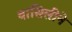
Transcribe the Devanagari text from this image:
वासिलीने